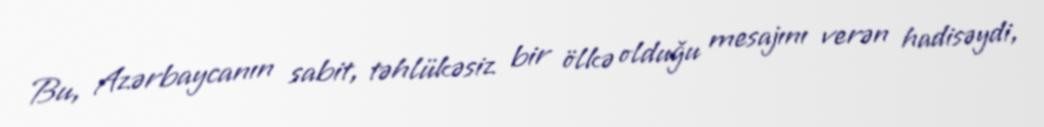
Bu, Azərbaycanın sabit, təhlükəsiz bir ölkə olduğu mesajını verən hadisəydi,